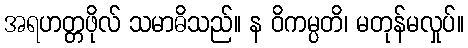
အရဟတ္တဖိုလ် သမာဓိသည်။ န ဝိကမ္ပတိ၊ မတုန်မလှုပ်။